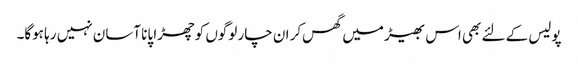
پولیس کے لئے بھی اس بھیڑ میں گھس‌کر ان چار لوگوں کو چھڑا پانا آسان نہیں رہا ہوگا۔